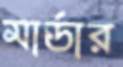
মার্ডার